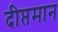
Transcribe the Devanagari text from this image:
दीप्तमान